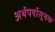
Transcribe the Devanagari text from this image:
अर्थपर्यासूचक